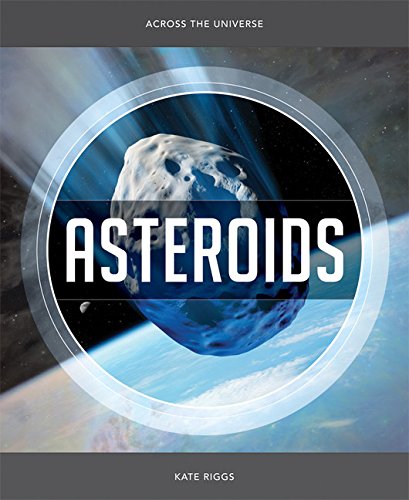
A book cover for Across the Universe: Asteroids; Kate Riggs; Science & Math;